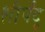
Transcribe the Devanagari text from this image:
शीर्षेंदू